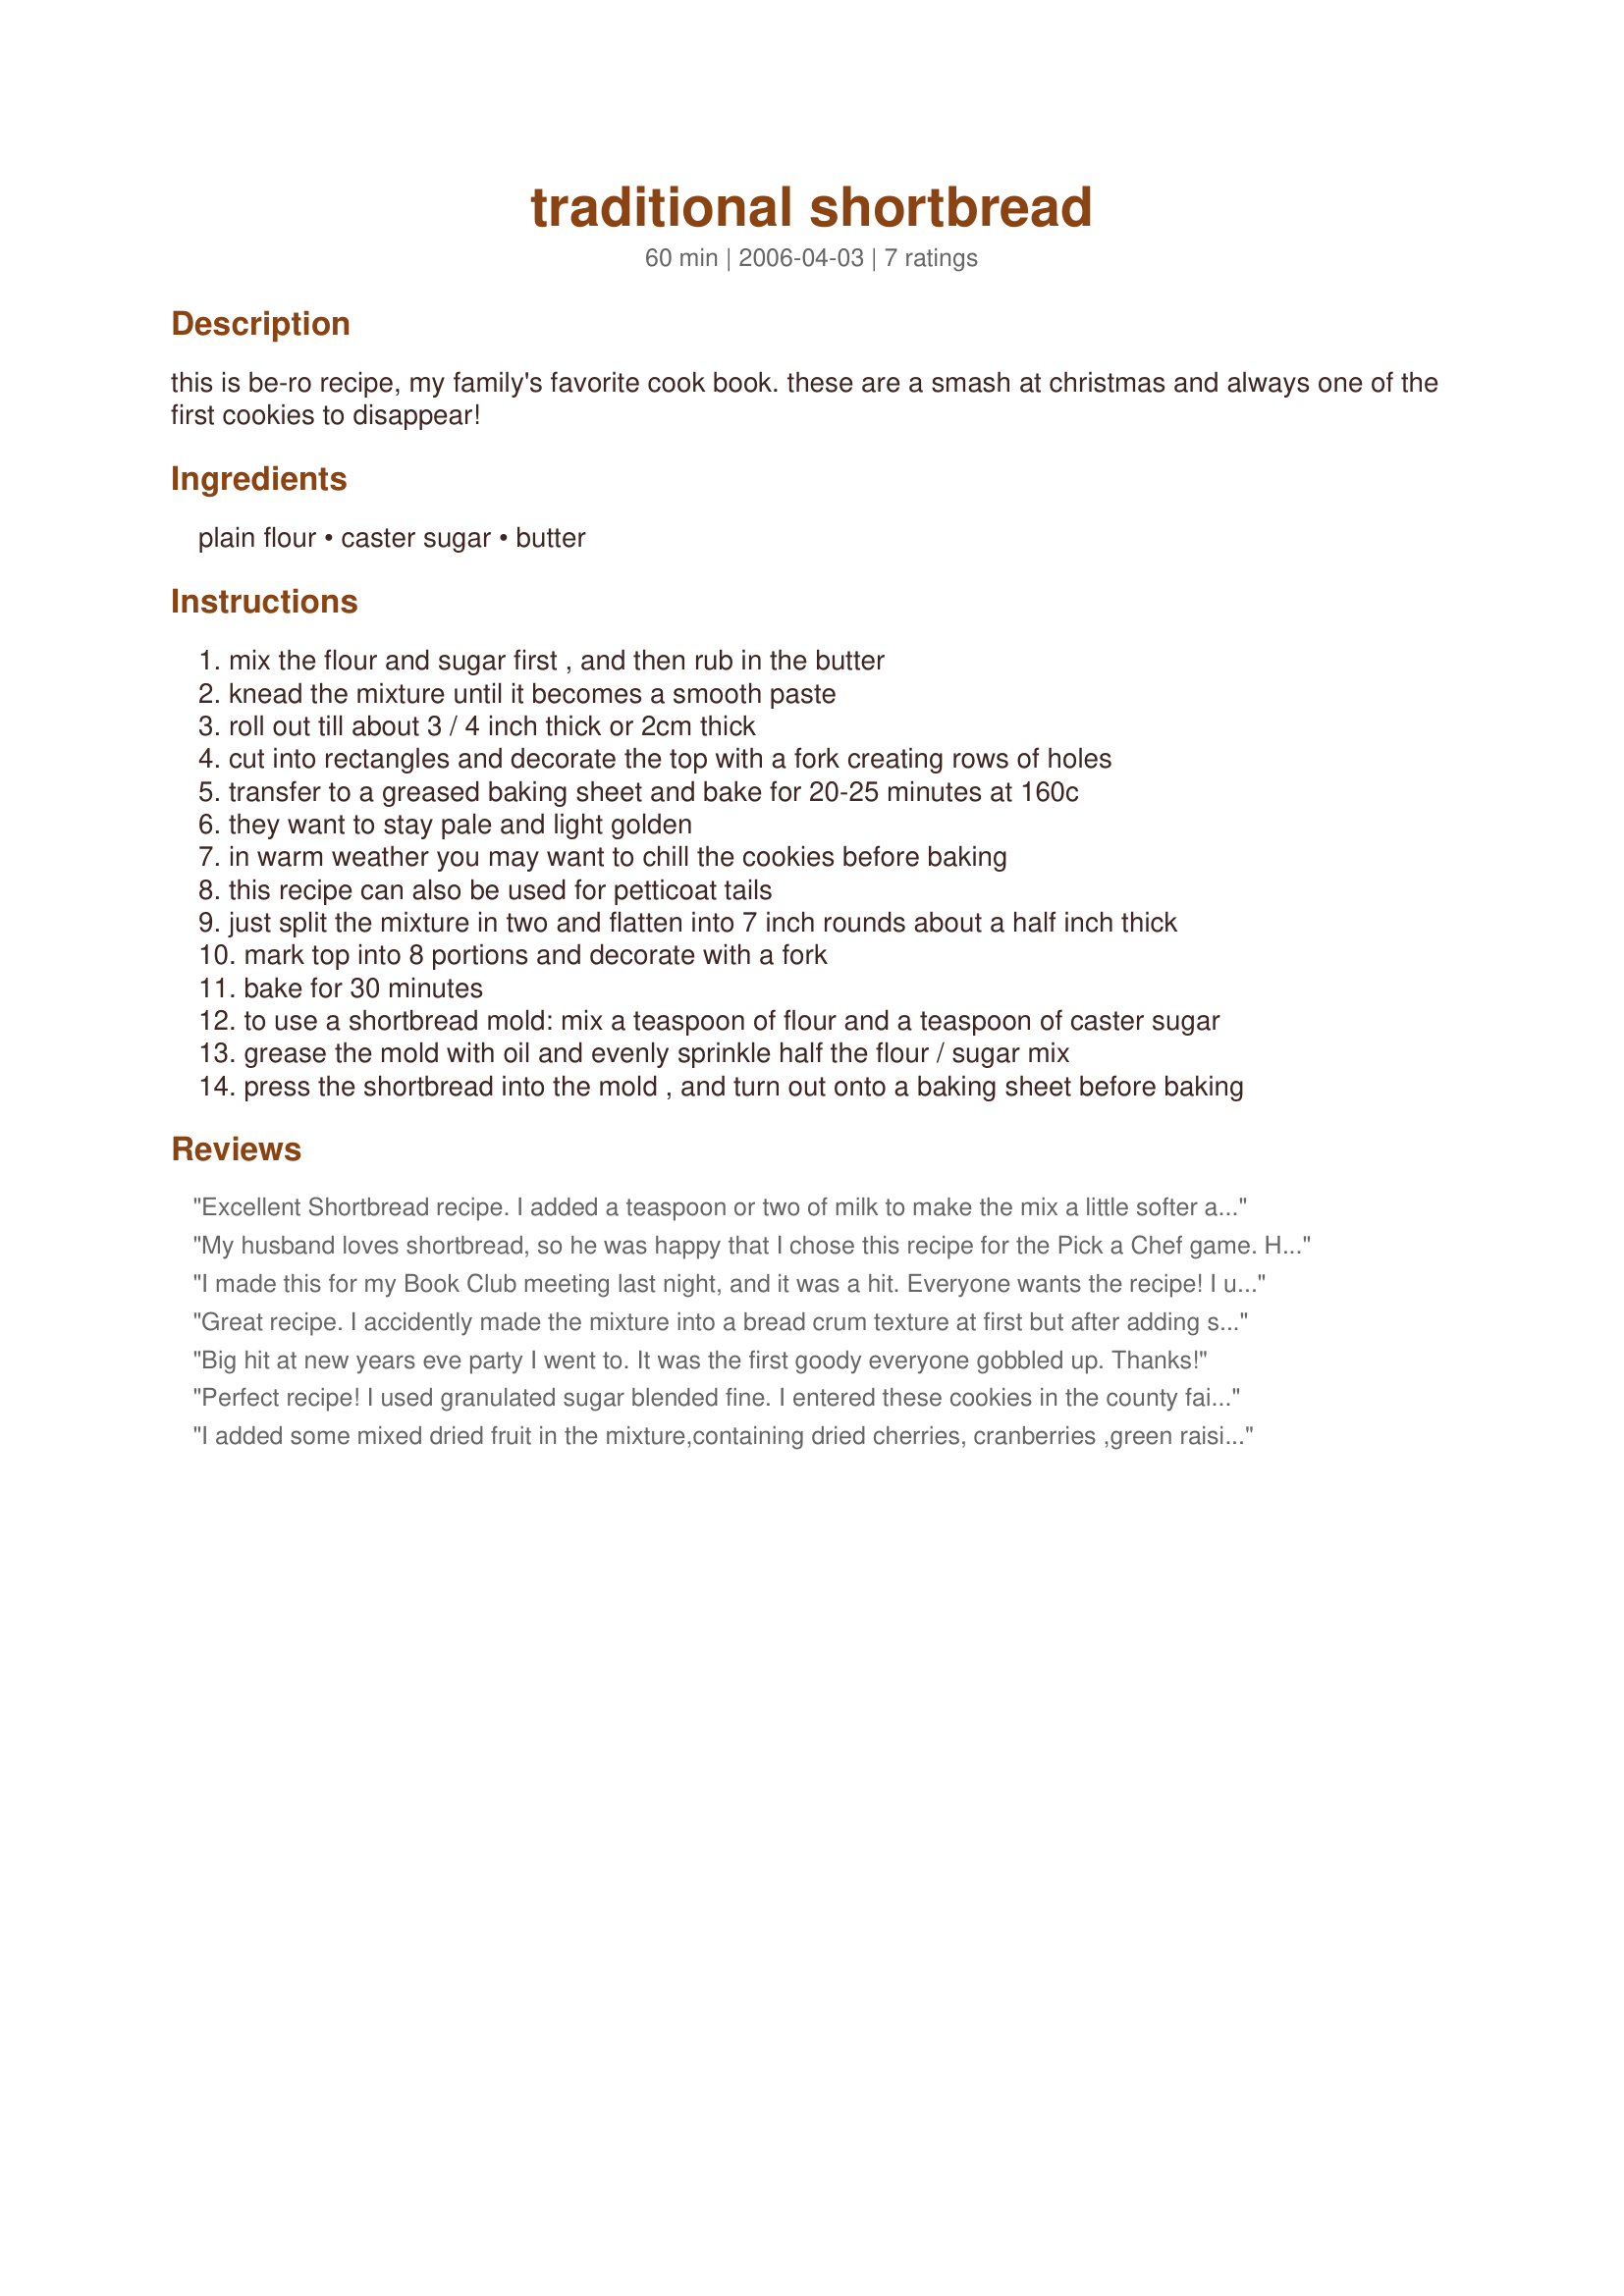
traditional shortbread
Preparation time: 60 minutes

this is be-ro recipe, my family's favorite cook book. these are a smash at christmas and always one of the first cookies to disappear!

Ingredients:
plain flour, caster sugar, butter

Steps:
mix the flour and sugar first , and then rub in the butter
knead the mixture until it becomes a smooth paste
roll out till about 3 / 4 inch thick or 2cm thick
cut into rectangles and decorate the top with a fork creating rows of holes
transfer to a greased baking sheet and bake for 20-25 minutes at 160c
they want to stay pale and light golden
in warm weather you may want to chill the cookies before baking
this recipe can also be used for petticoat tails
just split the mixture in two and flatten into 7 inch rounds about a half inch thick
mark top into 8 portions and decorate with a fork
bake for 30 minutes
to use a shortbread mold: mix a teaspoon of flour and a teaspoon of caster sugar
grease the mold with oil and evenly sprinkle half the flour / sugar mix
press the shortbread into the mold , and turn out onto a baking sheet before baking

Reviews:
Excellent Shortbread recipe. I added a teaspoon or two of milk to make the mix a little softer and added some 100's and 1000's for something a little different and cut them into shape.
My husband loves shortbread, so he was happy that I chose this recipe for the Pick a Chef game. He wasn't disappointed. :) I did take a shortcut with the rolling/cutting. I rolled the dough out directly on a parchment-lined baking sheet and cut it with a pizza wheel. Since I just left the rectangles in place without separating them, I did have to add to the baking time, but it was a simple, no-mess way to get them ready to go into the oven. I chilled before baking and sprinkled the tops with turbinado sugar. Nice basic shortbread--thanks for posting!
I made this for my Book Club meeting last night, and it was a hit. Everyone wants the recipe! I used the measurements provided, but didn't use the same method. I was lazy and used a food processor. I put regular sugar in the food processor and whizzed it to kind of grind it up, then added the butter and creamed it together until it got fluffy, then I whizzed in the flour in 2 parts. it didn't mix thoroughly, so I did mix it by hand a bit at the end. I lined a half sheetpan with parchment and pressed it in with my fingertips and poked with a fork. I followed the previous reviewer's suggestion and cut with a pizza roller and topped with turbinado sugar. I baked at 300 for the first 25 mins, then increased to 325 for an additional 10 minutes. It came out perfect and delicious.
Great recipe. I accidently made the mixture into a bread crum texture at first but after adding some more butter it was fine. Because I didn't have any caster sugar I used granulated but they were still delicious. Used the recipe for 18 but it only made around 10. Overall though this was a great recipe.
Big hit at new years eve party I went to. It was the first goody everyone gobbled up. Thanks!
Perfect recipe! I used granulated sugar blended fine. I entered these cookies in the county fair & won first prize - thank-you!
I added some mixed dried fruit in the mixture,containing dried cherries, cranberries ,green raisins and apricots,it was nice for a change a new family favourite . X
